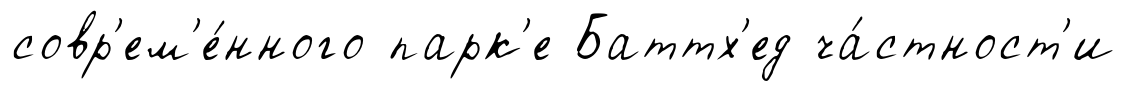
совр'ем'е́нного парк'е Баттх'ед ча́стност'и